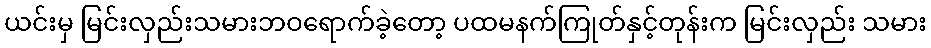
ယင်းမှ မြင်းလှည်းသမားဘဝရောက်ခဲ့တော့ ပထမနက်ကြုတ်နှင့်တုန်းက မြင်းလှည်း သမား